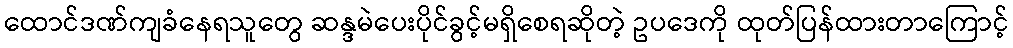
ထောင်ဒဏ်ကျခံနေရသူတွေ ဆန္ဒမဲပေးပိုင်ခွင့်မရှိစေရဆိုတဲ့ ဥပဒေကို ထုတ်ပြန်ထားတာကြောင့်